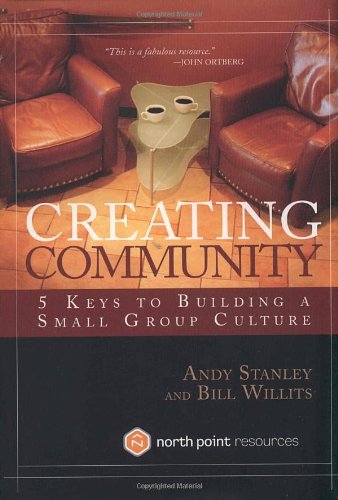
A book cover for Creating Community: Five Keys to Building a Small Group Culture (North Point Resources); Andy Stanley; Christian Books & Bibles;